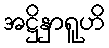
အဋ္ဌိနှာရူဟိ